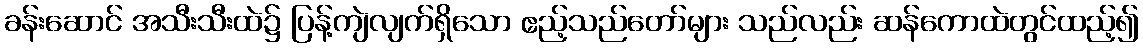
ခန်းဆောင် အသီးသီးထဲ၌ ပြန့်ကျဲလျက်ရှိသော ဧည့်သည်တော်များ သည်လည်း ဆန်ကောထဲတွင်ထည့်၍